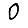
Digit: 0